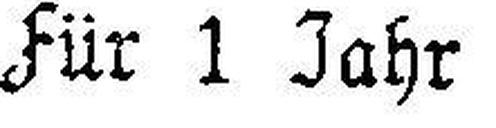
Für 1 Jahr